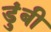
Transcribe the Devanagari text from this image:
डुंबी